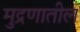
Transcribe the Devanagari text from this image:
मुद्रणातील